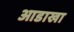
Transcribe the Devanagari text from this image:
आडाखा